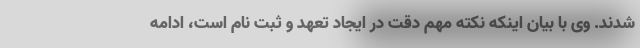
شدند. وی با بیان اینکه نکته مهم دقت در ایجاد تعهد و ثبت نام است، ادامه